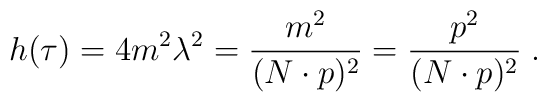
h (\tau) = 4 m^2 \lambda^2 = \frac{m^2}{(N \cdot p)^2} =  \frac{p^2}{(N \cdot p)^2} \; .